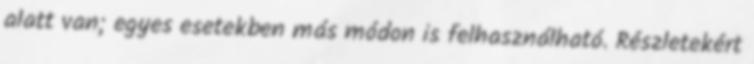
alatt van; egyes esetekben más módon is felhasználható. Részletekért